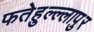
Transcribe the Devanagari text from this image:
फतेहुल्ल्लापुर